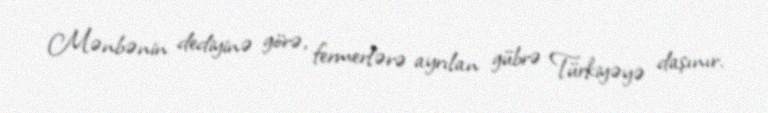
Mənbənin dediyinə görə, fermerlərə ayrılan gübrə Türkiyəyə daşınır.